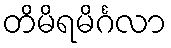
တိမိရမိင်္ဂလာ